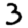
Digit: 3